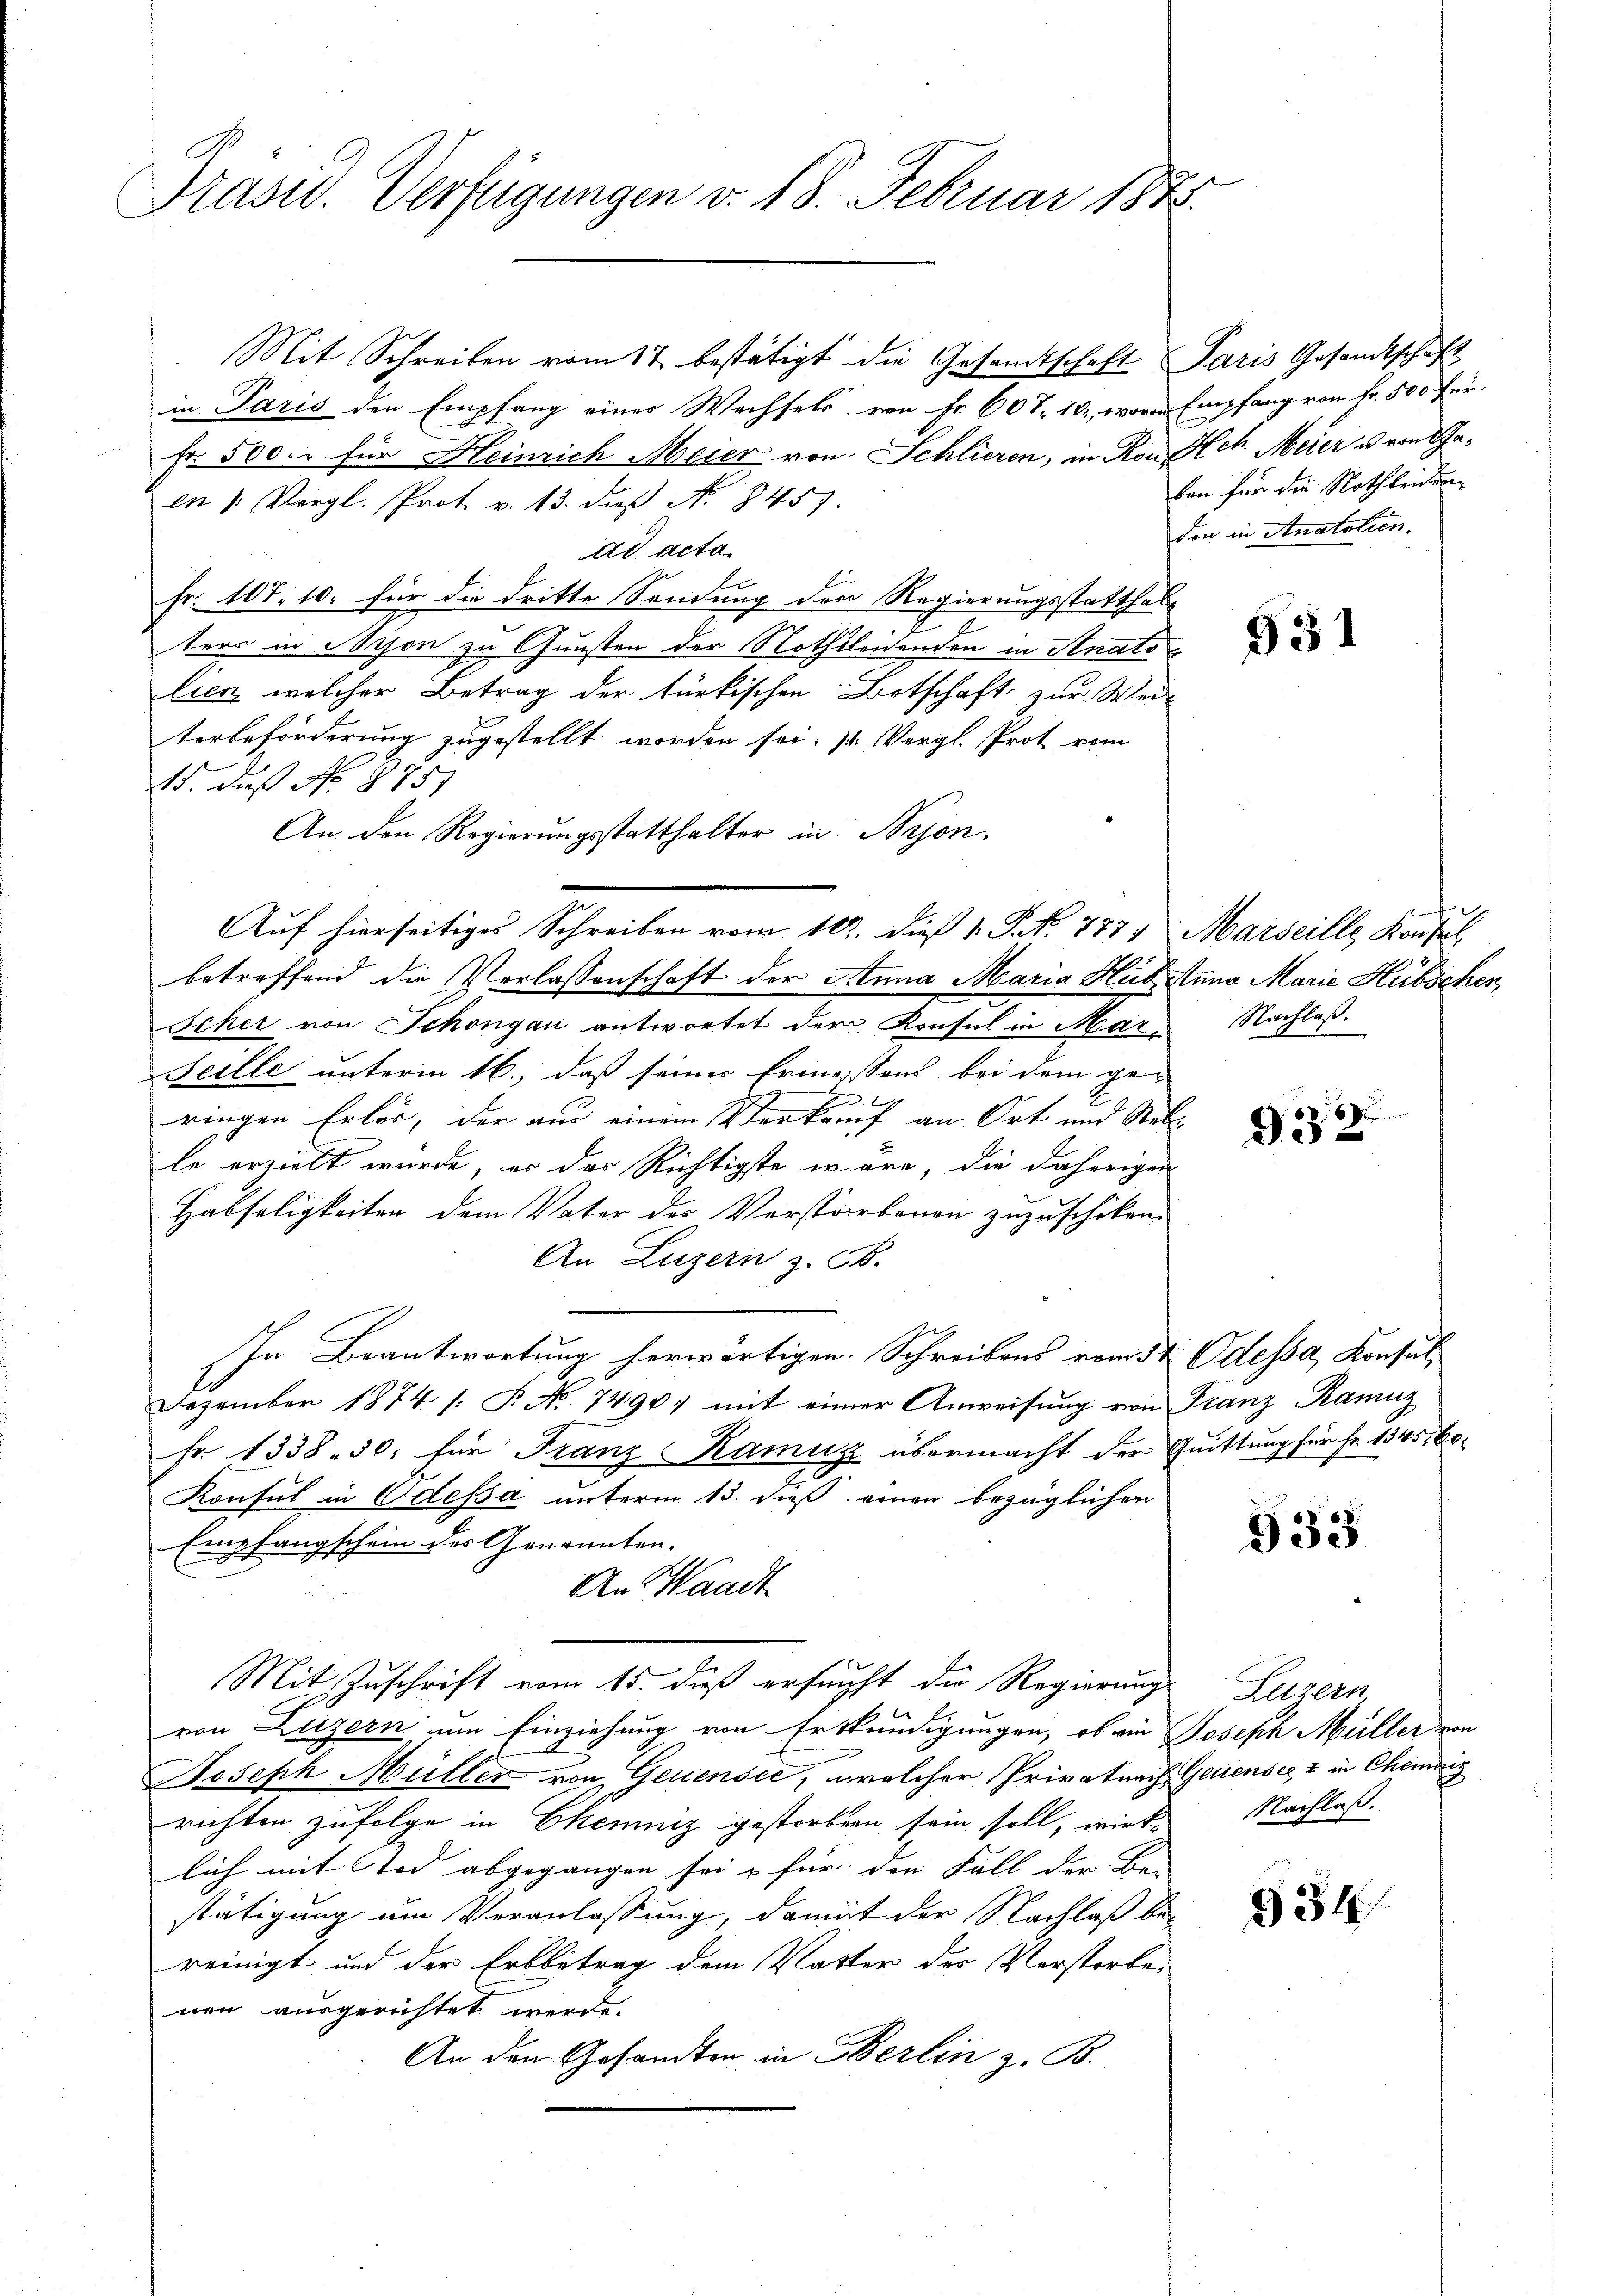
Präsid. Verfügungen v. 18. Februar 1875.

in Paris den Empfang einer Wechsels von Fr. 607. 101, von Empfang von Fr. 500 für
Fr. 500. für Heinrich Meier von Schlieren, in Konen 1. Vergl. Prot. v. 13. daß No 8457.
ad acta.
Fr. 105. 10. für die dritte Sendung der Regierungsstatthalters in Bison zu Gunsten der Nothilenenden in Anato
lien, welcher Betrag der türkischen Botschaft zur Wei
terbeförderung zugestellt worden sei: 1. Vergl. Prot vom
15. daß No. 8751
An den Regierungsstatthalter in Nrjon.
Auf hierseitiges Schreiben vom 10. Dieß 1. P. Nr. 777
betreffend die Verlassenschaft der Anna Maria Hub Anna Marie Hübschen,
Scher von Schöngau antwortet der Konsul in Mar¬
Seille unterm 16., daß seiner Ermessens bei dem ge-
b
ringen Erler, der aus einem Verkauf an Ort und Rat
le erzielt wurde, er das Richtigste wäre, die daherigen
Habseligkeiten dem Vater des Verstorbenen zuzuschiken.
An Luzern z. B.
In Beantwortung herwärtigen. Schreibens vom 5t Odessa, Konsul
Dezember 1874 s. P. No 7490; mit einer Anweisung von Franz Ramuz
Fr. 1338. 50. für Franz Ramus übermacht der Quittung für Fr. 1345. 60.
Konsul in Odessa unterm 13. dieß einen bezüglichen
Empfangschein des Genannten.
An Waadt
Mit Zuschrift vom 15. dieß erfunft die Regierung

von Luzern um Einziehung von Erkundigungen, ob ein Joseph Müller von
Joseph Müller von Genensee, welcher Privatnach,
richten zufolge in Ekemniz gestorben sein soll, wirk-
lich mit Tod abgegangen sei & für den Fall der Be- |
stätigung um Veranlassung, damit der Nachlaß bereinigt und der Erbbetrag dem Vatter des Verstorbes
nen ausgerichtet werde.
An den Gesandten in Berlin z. B.

Mit Schreiben vom 17. bestätigt die Gesamtschaft Paris Gesandtschaft

Hch. Meier u. von Gaben für die Nothleidung
den in Anatolien.

531

Marseille Kaufe
Nachlaß.

332.

933

Luzern
Geuensee t in Chemnis
Nachlaß.

334